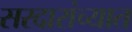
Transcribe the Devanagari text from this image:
सरदारांच्यात